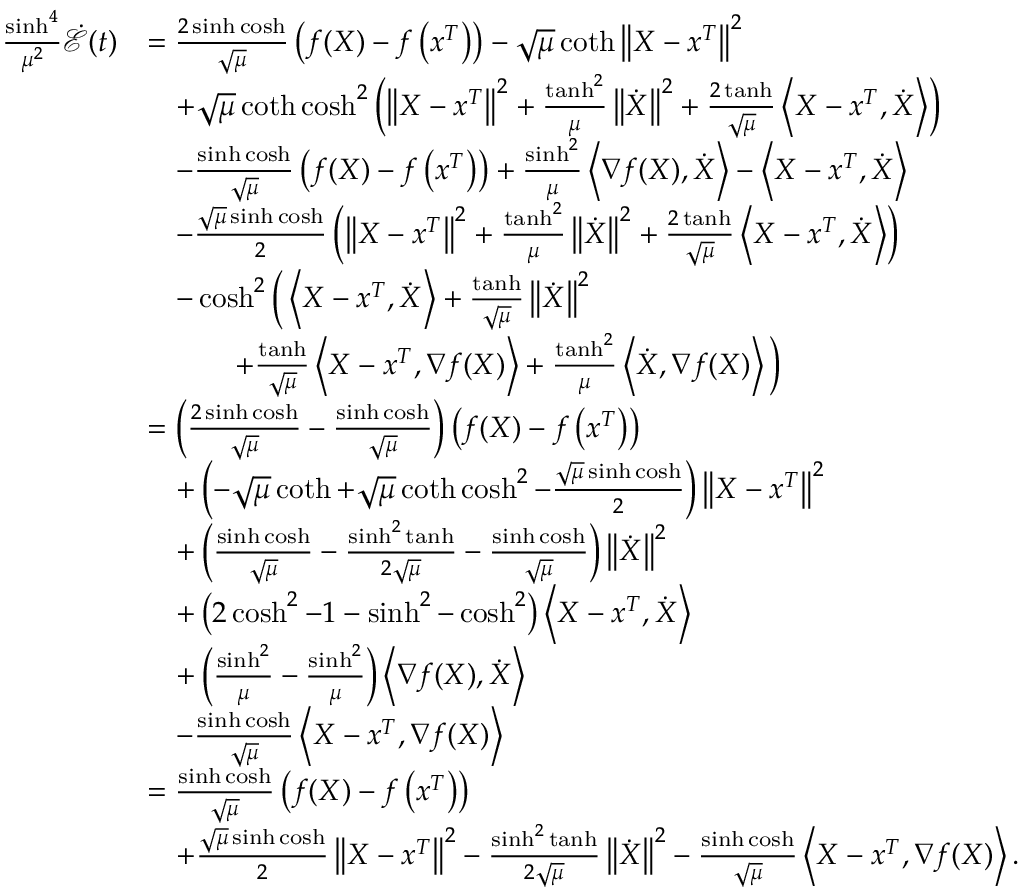
\begin{array} { r l } { \frac { \sinh ^ { 4 } } { \mu ^ { 2 } } \dot { \mathcal { E } } ( t ) } & { = \frac { 2 \sinh \cosh } { \sqrt { \mu } } \left( f ( X ) - f \left( x ^ { T } \right) \right) - \sqrt { \mu } \coth \left\Vert X - x ^ { T } \right\Vert ^ { 2 } } \\ & { \quad + \sqrt { \mu } \coth \cosh ^ { 2 } \left( \left\Vert X - x ^ { T } \right\Vert ^ { 2 } + \frac { \operatorname { t a n h } ^ { 2 } } { \mu } \left\Vert \dot { X } \right\Vert ^ { 2 } + \frac { 2 \operatorname { t a n h } } { \sqrt { \mu } } \left\langle X - x ^ { T } , \dot { X } \right\rangle \right) } \\ & { \quad - \frac { \sinh \cosh } { \sqrt { \mu } } \left( f ( X ) - f \left( x ^ { T } \right) \right) + \frac { \sinh ^ { 2 } } { \mu } \left\langle \nabla f ( X ) , \dot { X } \right\rangle - \left\langle X - x ^ { T } , \dot { X } \right\rangle } \\ & { \quad - \frac { \sqrt { \mu } \sinh \cosh } { 2 } \left( \left\Vert X - x ^ { T } \right\Vert ^ { 2 } + \frac { \operatorname { t a n h } ^ { 2 } } { \mu } \left\Vert \dot { X } \right\Vert ^ { 2 } + \frac { 2 \operatorname { t a n h } } { \sqrt { \mu } } \left\langle X - x ^ { T } , \dot { X } \right\rangle \right) } \\ & { \quad - \cosh ^ { 2 } \bigg ( \left\langle X - x ^ { T } , \dot { X } \right\rangle + \frac { \operatorname { t a n h } } { \sqrt { \mu } } \left\Vert \dot { X } \right\Vert ^ { 2 } } \\ & { \qquad \quad + \frac { \operatorname { t a n h } } { \sqrt { \mu } } \left\langle X - x ^ { T } , \nabla f ( X ) \right\rangle + \frac { \operatorname { t a n h } ^ { 2 } } { \mu } \left\langle \dot { X } , \nabla f ( X ) \right\rangle \bigg ) } \\ & { = \left( \frac { 2 \sinh \cosh } { \sqrt { \mu } } - \frac { \sinh \cosh } { \sqrt { \mu } } \right) \left( f ( X ) - f \left( x ^ { T } \right) \right) } \\ & { \quad + \left( - \sqrt { \mu } \coth + \sqrt { \mu } \coth \cosh ^ { 2 } - \frac { \sqrt { \mu } \sinh \cosh } { 2 } \right) \left\Vert X - x ^ { T } \right\Vert ^ { 2 } } \\ & { \quad + \left( \frac { \sinh \cosh } { \sqrt { \mu } } - \frac { \sinh ^ { 2 } \operatorname { t a n h } } { 2 \sqrt { \mu } } - \frac { \sinh \cosh } { \sqrt { \mu } } \right) \left\Vert \dot { X } \right\Vert ^ { 2 } } \\ & { \quad + \left( 2 \cosh ^ { 2 } - 1 - \sinh ^ { 2 } - \cosh ^ { 2 } \right) \left\langle X - x ^ { T } , \dot { X } \right\rangle } \\ & { \quad + \left( \frac { \sinh ^ { 2 } } { \mu } - \frac { \sinh ^ { 2 } } { \mu } \right) \left\langle \nabla f ( X ) , \dot { X } \right\rangle } \\ & { \quad - \frac { \sinh \cosh } { \sqrt { \mu } } \left\langle X - x ^ { T } , \nabla f ( X ) \right\rangle } \\ & { = \frac { \sinh \cosh } { \sqrt { \mu } } \left( f ( X ) - f \left( x ^ { T } \right) \right) } \\ & { \quad + \frac { \sqrt { \mu } \sinh \cosh } { 2 } \left\Vert X - x ^ { T } \right\Vert ^ { 2 } - \frac { \sinh ^ { 2 } \operatorname { t a n h } } { 2 \sqrt { \mu } } \left\Vert \dot { X } \right\Vert ^ { 2 } - \frac { \sinh \cosh } { \sqrt { \mu } } \left\langle X - x ^ { T } , \nabla f ( X ) \right\rangle . } \end{array}